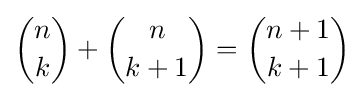
{n \choose k}+{n \choose k+1}={n+1 \choose k+1}